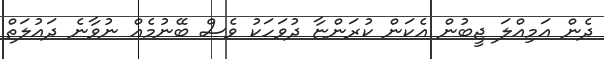
ދެން އަމިއްލަ ޖީބުން އެކަން ކުރަންޏާ ދުވަހަކު ވެސް ބޭނުމެއް ނުވާނެ ދައުލަތް